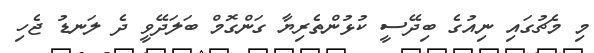
މި މެޗުގައި ނިއުގެ ބިދޭސީ ކުޅުންތެރިޔާ ގަންގޮމް ބަލަދޭވީ ދެ ލަނޑު ޖެހި